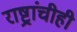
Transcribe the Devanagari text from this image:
राष्ट्रांचीही